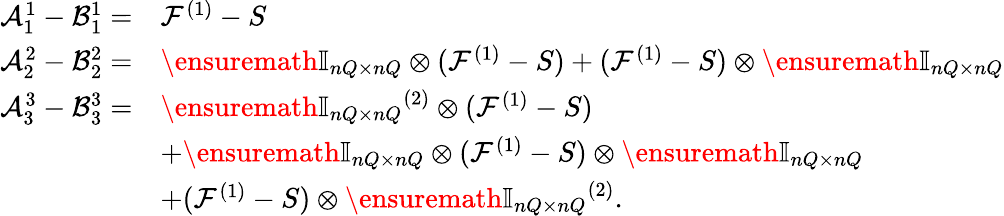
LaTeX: \begin{array}{rl}{\mathcal A_{1}^{1}-\mathcal B_{1}^{1}=}&{\mathcal F^{(1)}-S}\\ {\mathcal A_{2}^{2}-\mathcal B_{2}^{2}=}&{\ensuremath{\mathbb{I}_{nQ\times nQ}}\otimes(\mathcal F^{(1)}-S)+(\mathcal F^{(1)}-S)\otimes\ensuremath{\mathbb{I}_{nQ\times nQ}}}\\ {\mathcal A_{3}^{3}-\mathcal B_{3}^{3}=}&{\ensuremath{\mathbb{I}_{nQ\times nQ}}^{(2)}\otimes(\mathcal F^{(1)}-S)}\\ &{+\ensuremath{\mathbb{I}_{nQ\times nQ}}\otimes(\mathcal F^{(1)}-S)\otimes\ensuremath{\mathbb{I}_{nQ\times nQ}}}\\ &{+(\mathcal F^{(1)}-S)\otimes\ensuremath{\mathbb{I}_{nQ\times nQ}}^{(2)}.}\end{array}